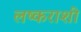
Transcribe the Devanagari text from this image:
लष्कराशी